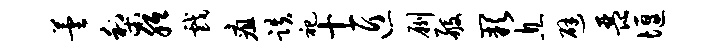
芸梨胝戏疽跌祀十匠劂般缺息避琵堰